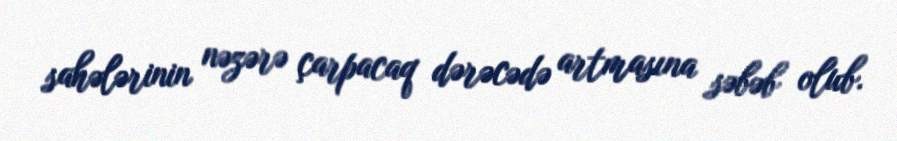
sahələrinin nəzərə çarpacaq dərəcədə artmasına səbəb olub.